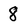
Character: 8